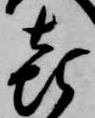
喜